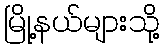
မြို့နယ်များသို့